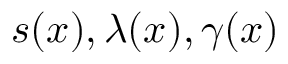
s ( x ) , \lambda ( x ) , \gamma ( x )